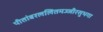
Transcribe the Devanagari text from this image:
पीतांबरललितमज्जीरसुभगा